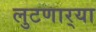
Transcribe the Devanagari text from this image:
लुटणार्‍या